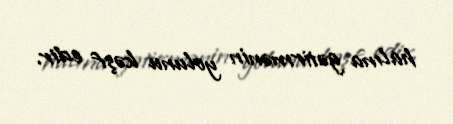
halına gətirmənin yolunu kəşf edir.